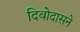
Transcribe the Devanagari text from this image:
दिवोदासने